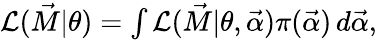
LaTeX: \begin{array}{r}{\mathcal{L}(\vec{M}|\theta)=\int\mathcal{L}(\vec{M}|\theta,\vec{\alpha})\pi(\vec{\alpha})\, d\vec{\alpha},}\end{array}